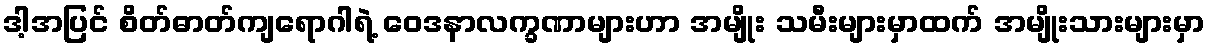
ဒါ့အပြင် စိတ်ဓာတ်ကျရောဂါရဲ့ ဝေဒနာလက္ခဏာများဟာ အမျိုး သမီးများမှာထက် အမျိုးသားများမှာ